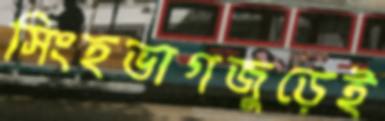
সিংহভাগজুড়েই